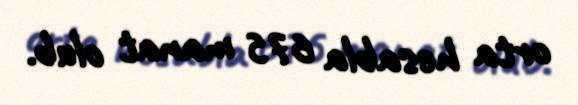
orta hesabla 675 manat olub.